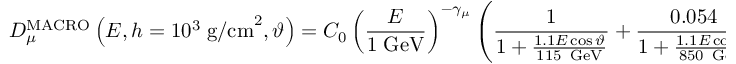
{ \cal D } _ { \mu } ^ { \mathrm { M A C R O } } \left( E , h = 1 0 ^ { 3 } \; \mathrm { g / c m } ^ { 2 } , \vartheta \right) = C _ { 0 } \left( \frac { E } { 1 \; \mathrm { G e V } } \right) ^ { - \gamma _ { \mu } } \left( \frac { 1 } { 1 + \frac { 1 . 1 E \cos \vartheta } { 1 1 5 \, \mathrm { \small \mathrm { ~ G e V } } } } + \frac { 0 . 0 5 4 } { 1 + \frac { 1 . 1 E \cos \vartheta } { 8 5 0 \, \mathrm { \small \mathrm { ~ G e V } } } } \right) ,